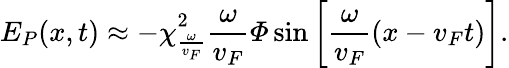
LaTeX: E_{P}(x,t)\approx-\chi_{\frac{\omega}{v_{F}}}^{2}\frac{\omega}{v_{F}}\varPhi\sin\left[\frac{\omega}{v_{F}}(x-v_{F}t)\right].